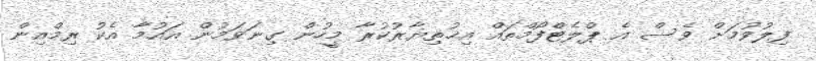
ފިލުވުމަށް ވެސް އެ ޕްލެޓްފޯމްތައް އިޚުތިޔާރުކުރާ މީހުން ގިނަވަމުން އައުމާ އެކު ރިމްއިން